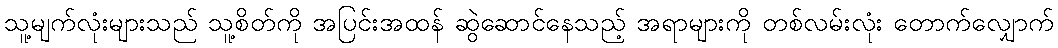
သူ့မျက်လုံးများသည် သူ့စိတ်ကို အပြင်းအထန် ဆွဲဆောင်နေသည့် အရာများကို တစ်လမ်းလုံး တောက်လျှောက်